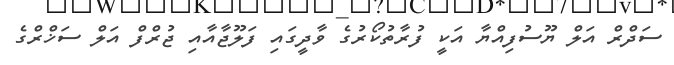
ސަދްރް އަލް ޔޫސުފިއްޔާ އަކީ ފުރާތުކޯރުގެ ވާދީގައި ފަލޫޖާއާއި ޖުރްފް އަލް ސަޚްރްގެ